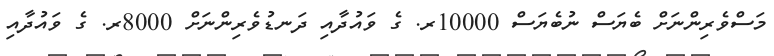
މަސްވެރިންނަށް ބެޔަސް ނުބެޔަސް 10000ރ. ގެ ވައުދާއި ދަނޑުވެރިންނަށް 8000ރ. ގެ ވައުދާއި